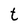
Character: t